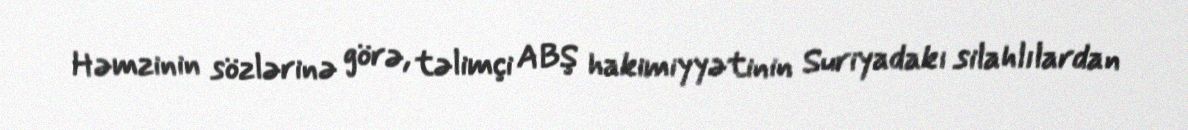
Həmzinin sözlərinə görə, təlimçi ABŞ hakimiyyətinin Suriyadakı silahlılardan